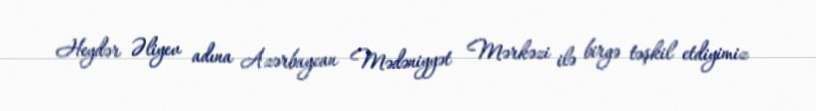
Heydər Əliyev adına Azərbaycan Mədəniyyət Mərkəzi ilə birgə təşkil etdiyimiz